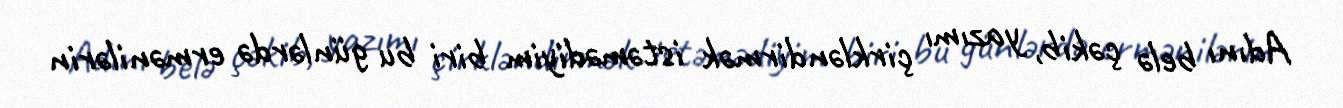
Adını belə çəkib, yazımı çirkləndirmək istəmədiyim biri bu günlərdə ermənilərin